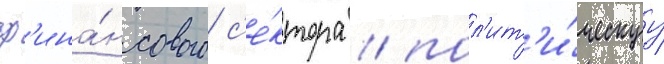
ф'ина́нсового с'е́ктора / пол'ит'и́ческуу